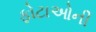
ફોટાઓની